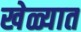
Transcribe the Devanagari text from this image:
खेळ्यात